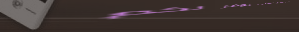
مركز تجاري سيتي يوفر لكم